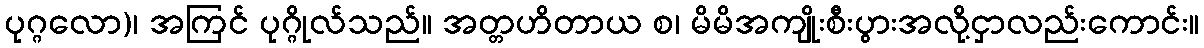
ပုဂ္ဂလော)၊ အကြင် ပုဂ္ဂိုလ်သည်။ အတ္တဟိတာယ စ၊ မိမိအကျိုးစီးပွားအလို့ငှာလည်းကောင်း။